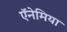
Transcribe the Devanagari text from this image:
ऍनेमिया